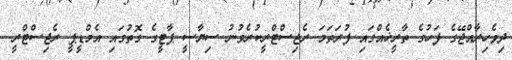
ދިވެހިރާއްޖޭގެ ފަހުގެ ތާރީޚެއްގައި ފުރަތަމަ ރެޖިސްޓްރީކުރެވުނު ސިޔާސީ ޕާޓީގެ ގޮތުގައި އެމްޑީޕީ ރެޖިސްޓްރީ